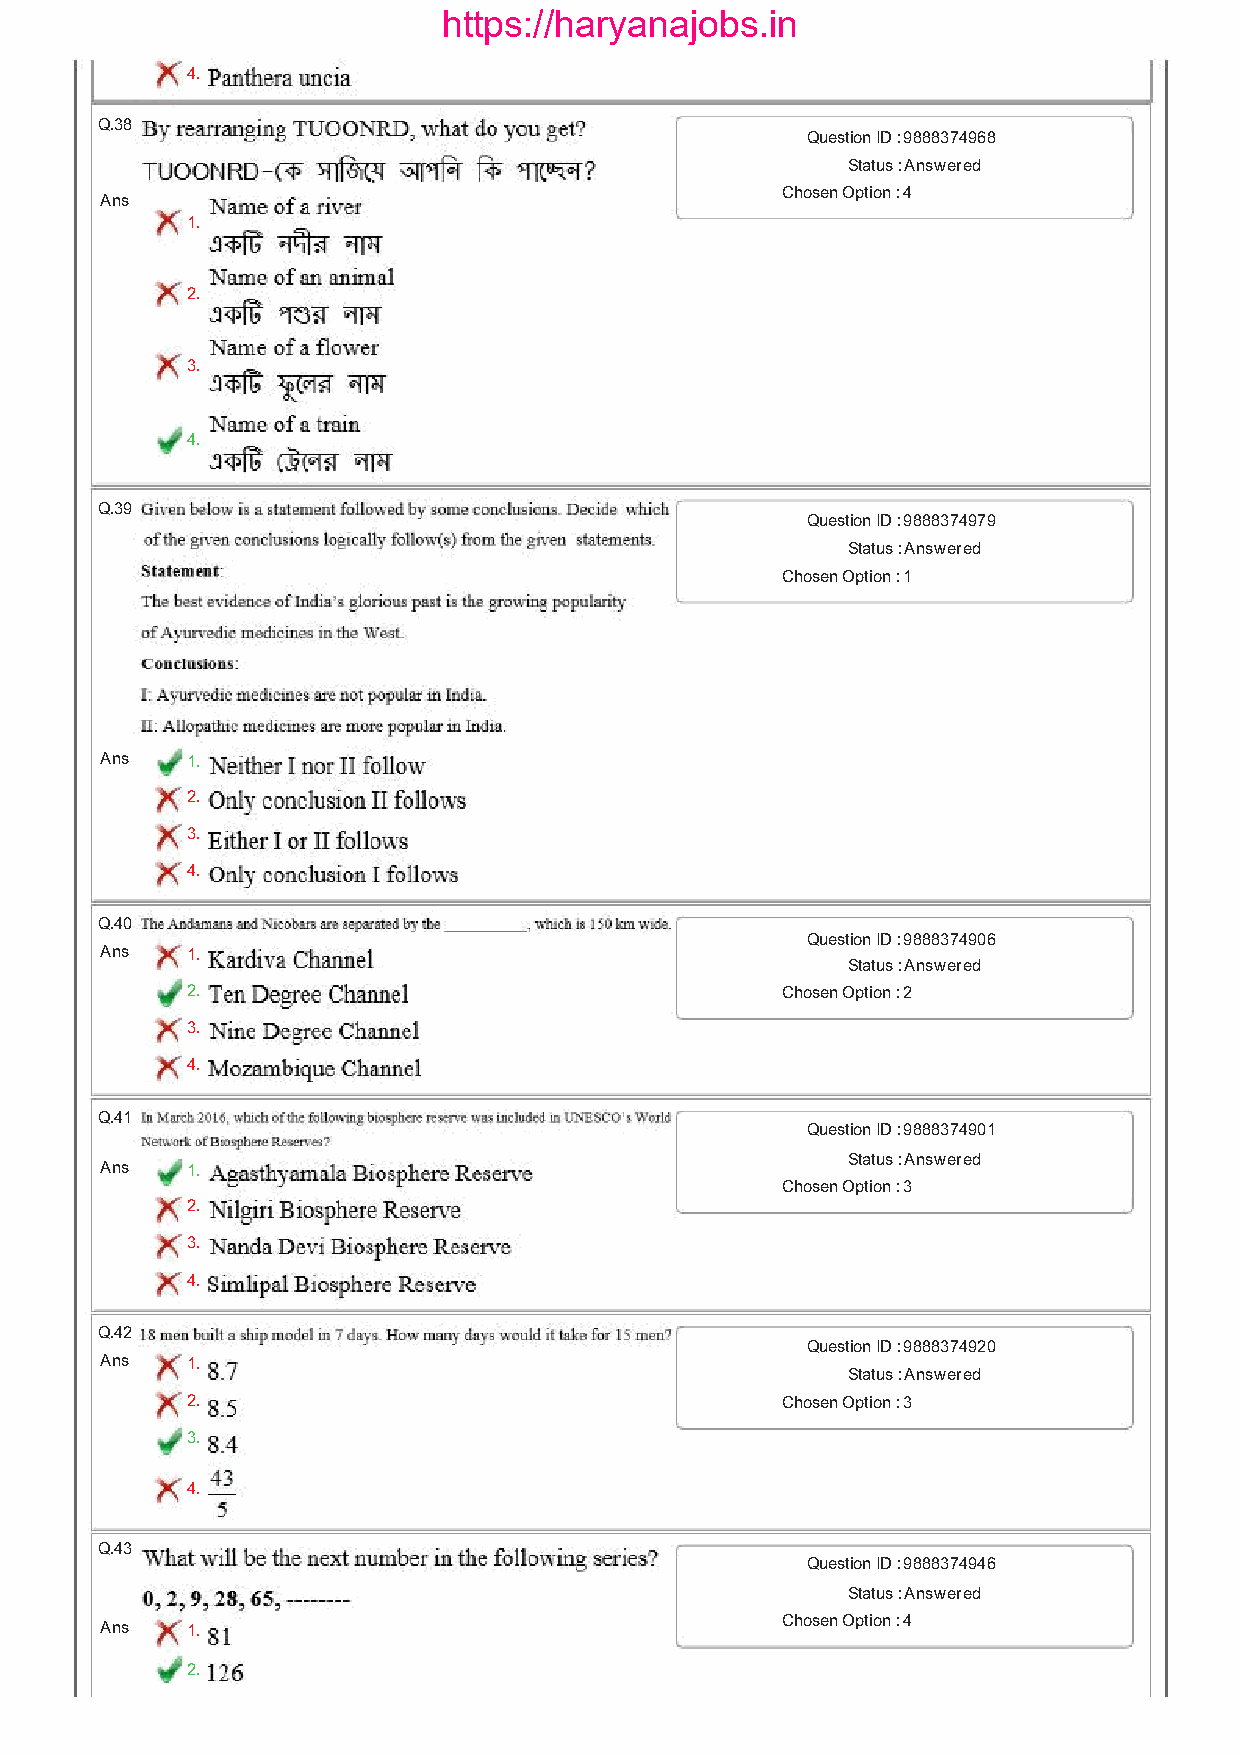
https://haryanajobs.in
 4.
 Q.38
 Question ID : 9888374968
 Status : Answered
 Ans
 Chosen Option : 4
 1.
 2.
 3.
 4.
 Q.39
 Question ID : 9888374979
 Status : Answered
 Chosen Option : 1
 Ans  1.
 2.
 3.
 4.
 Q.40
 Question ID : 9888374906
 Ans  1.
 Status : Answered
 2.                                      Chosen Option : 2
 3.
 4.
 Q.41
 Question ID : 9888374901
 Status : Answered
 Ans  1.
 Chosen Option : 3
 2.
 3.
 4.
 Q.42
 Question ID : 9888374920
 Ans  1.
 Status : Answered
 2.                                      Chosen Option : 3
 3.
 4.
 Q.43
 Question ID : 9888374946
 Status : Answered
 Ans  1.
 Chosen Option : 4
 2.